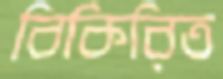
বিকিরিত